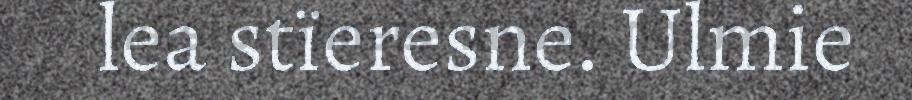
lea stïeresne. Ulmie